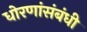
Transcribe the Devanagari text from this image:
धोरणांसंबंधी